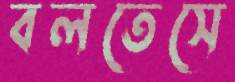
বলতেসে